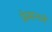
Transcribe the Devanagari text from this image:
फ्रेमान्तले